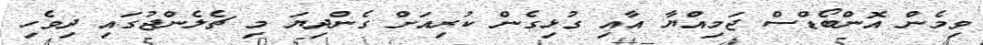
ވިމެން އޮންބޯޑްސް ޖަމިއްޔާ އާއި ގުޅިގެން ކުރިއަށް ގެންދިޔަ މި ޗެލެންޖުގައި ދިވެހި